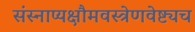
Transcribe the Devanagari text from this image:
संस्नाप्यक्षौमवस्त्रेणवेष्ट्यच